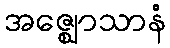
အဇ္ဈောသာနံ